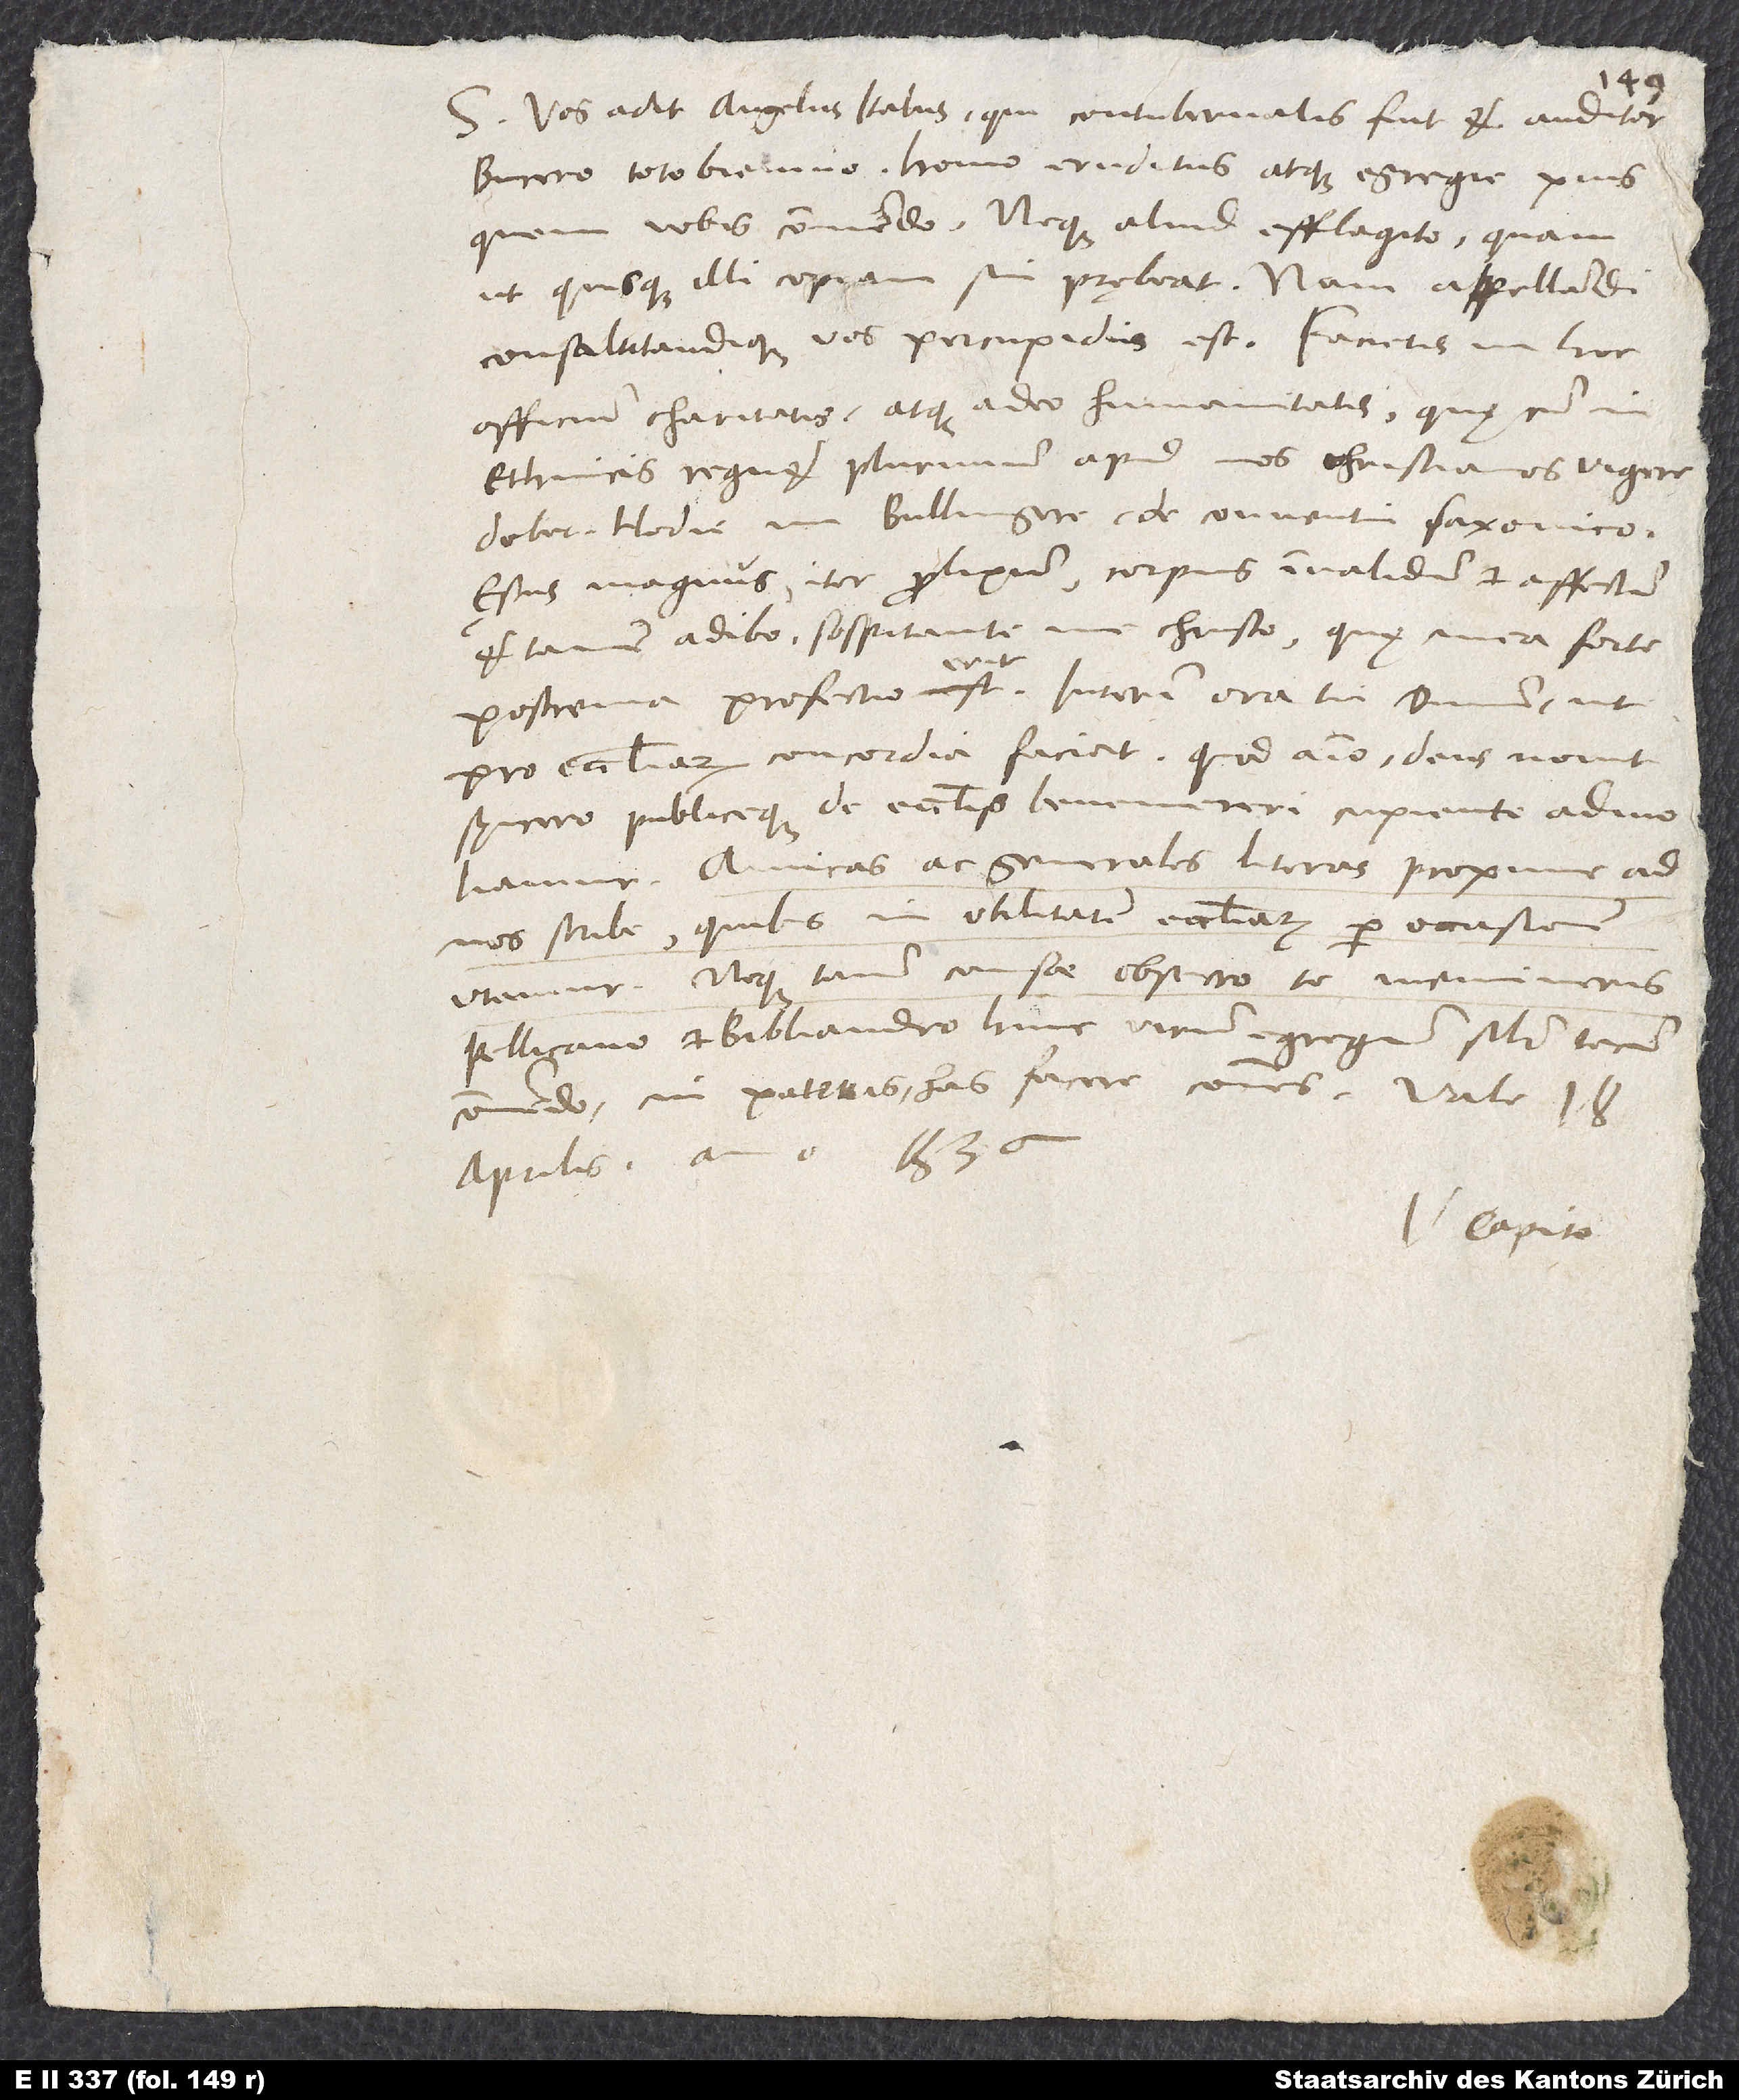
S. Vos adit Angelus Italus, qui contubernalis fuit et auditor
Bucero toto biennio, homo eruditus atque egregie pius,
quem vobis commendo. Neque aliud efflagito, quam
ut quisque illi copiam sui prębeat. Nam appellandi
consalutandique vos percupidus est. Facietis in hoc
officium charitatis atque adeo humanitatis, quę cum in
ethnicis regnet, plurimum apud nos christianos vigere
debet. Hodie, mi Bullingere, de conventu Saxonico.
Aestus magnus, iter prolixum, corpus invalidum et affectum,
et tamen adibo sospitante me Christo, quae mea forte
postrema profectio erit. Interim ora tu dominum, ut
pro ecclesiarum concordia faciat, quod animo, deus novit,
syncero publiceque de ecclesiis benemereri cupiente admoliamur.
Amicas ac generales literas proxime ad
nos scribe, quibus in utilitatem ecclesiarum per occasionem
utamur. Neque tamen causae, obsecro te, memineris.
Pellicano et Bibliandro hunc virum egregium similiter tecum
commendo, cui pateris has facere communes. Vale.
aprilis anno 1536.
Capito.